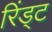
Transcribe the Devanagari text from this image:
रिंड्ट